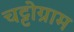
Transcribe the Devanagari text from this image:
चट्टोग्राम